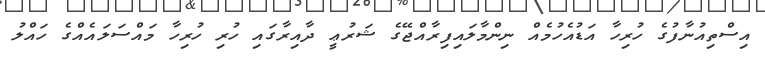
އިސްތިއުނާފުގެ ހުރިހާ އަޑުއެހުމެއް ނިންމާލައިފިރާއްޖޭގެ ޝަރުޢީ ދާއިރާގައި ހުރި ހުރިހާ މައްސަލައެއްގެ ހައްލު